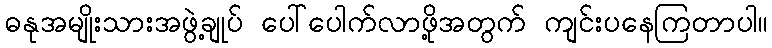
ဓနုအမျိုးသားအဖွဲ့ချုပ် ပေါ်ပေါက်လာဖို့အတွက် ကျင်းပနေကြတာပါ။